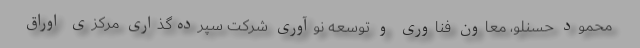
محمود حسنلو، معاون فناوری و توسعه نوآوری شرکت سپرده‌گذاری مرکزی اوراق